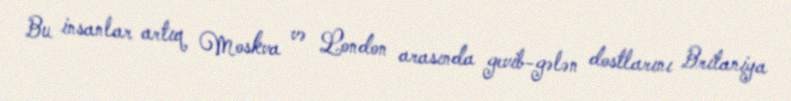
Bu insanlar artıq Moskva və London arasında gevib-gələn dostlarını Britaniya